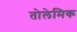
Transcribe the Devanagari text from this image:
तोलेमिक